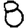
Digit: 8